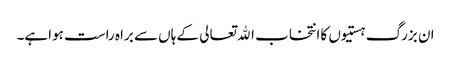
ان بزرگ ہستیوں کاانتخاب اﷲتعالی کے ہاں سے براہ راست ہواہے۔